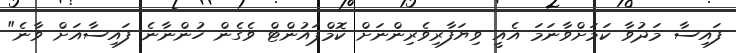
ފައިސާ މަދުވާ ކަމަށްވާނަމަ އެއީ ވިޔަފާރިވެރިންނަށް ކޮމްޕައުންޓް ވެގެން ހުންނާނެ ފައިސާއަށް ވާނެ"